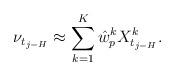
LaTeX: \begin{align*}\nu_{t_{j-H}} \approx \sum_{k=1}^K \hat{w}_p^k X_{t_{j-H}}^k.\end{align*}